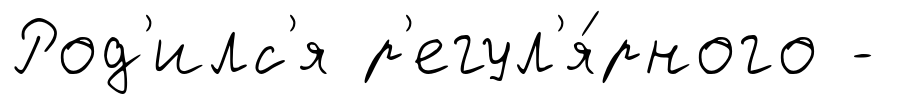
Род'илс'я р'егул'я́рного -